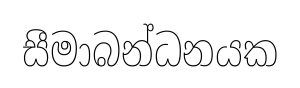
සීමාබන්ධනයක